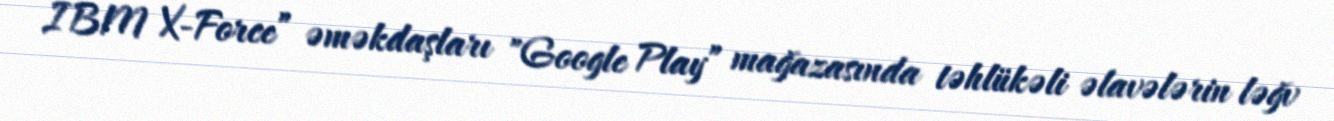
IBM X-Force” əməkdaşları "Google Play” mağazasında təhlükəli əlavələrin ləğv